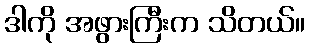
ဒါကို အဖွားကြီးက သိတယ်။